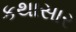
કથાસાર